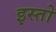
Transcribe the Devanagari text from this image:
इस्तो